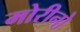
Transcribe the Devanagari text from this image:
मोरीनो